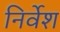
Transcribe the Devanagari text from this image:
निर्वेश